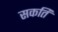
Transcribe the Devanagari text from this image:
सकति